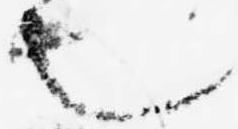
也